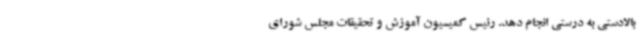
بالادستی به درستی انجام دهد. رئیس کمیسیون آموزش و تحقیقات مجلس شورای